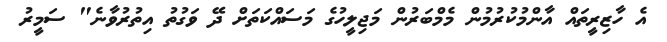
އެ ހާޒިރީތައް އާންމުކުރުމުން މެމްބަރުން މަޖިލީހުގެ މަސައްކަތަށް ދޭ ވަގުތު އިތުރުވާނެ" ސަމީރު